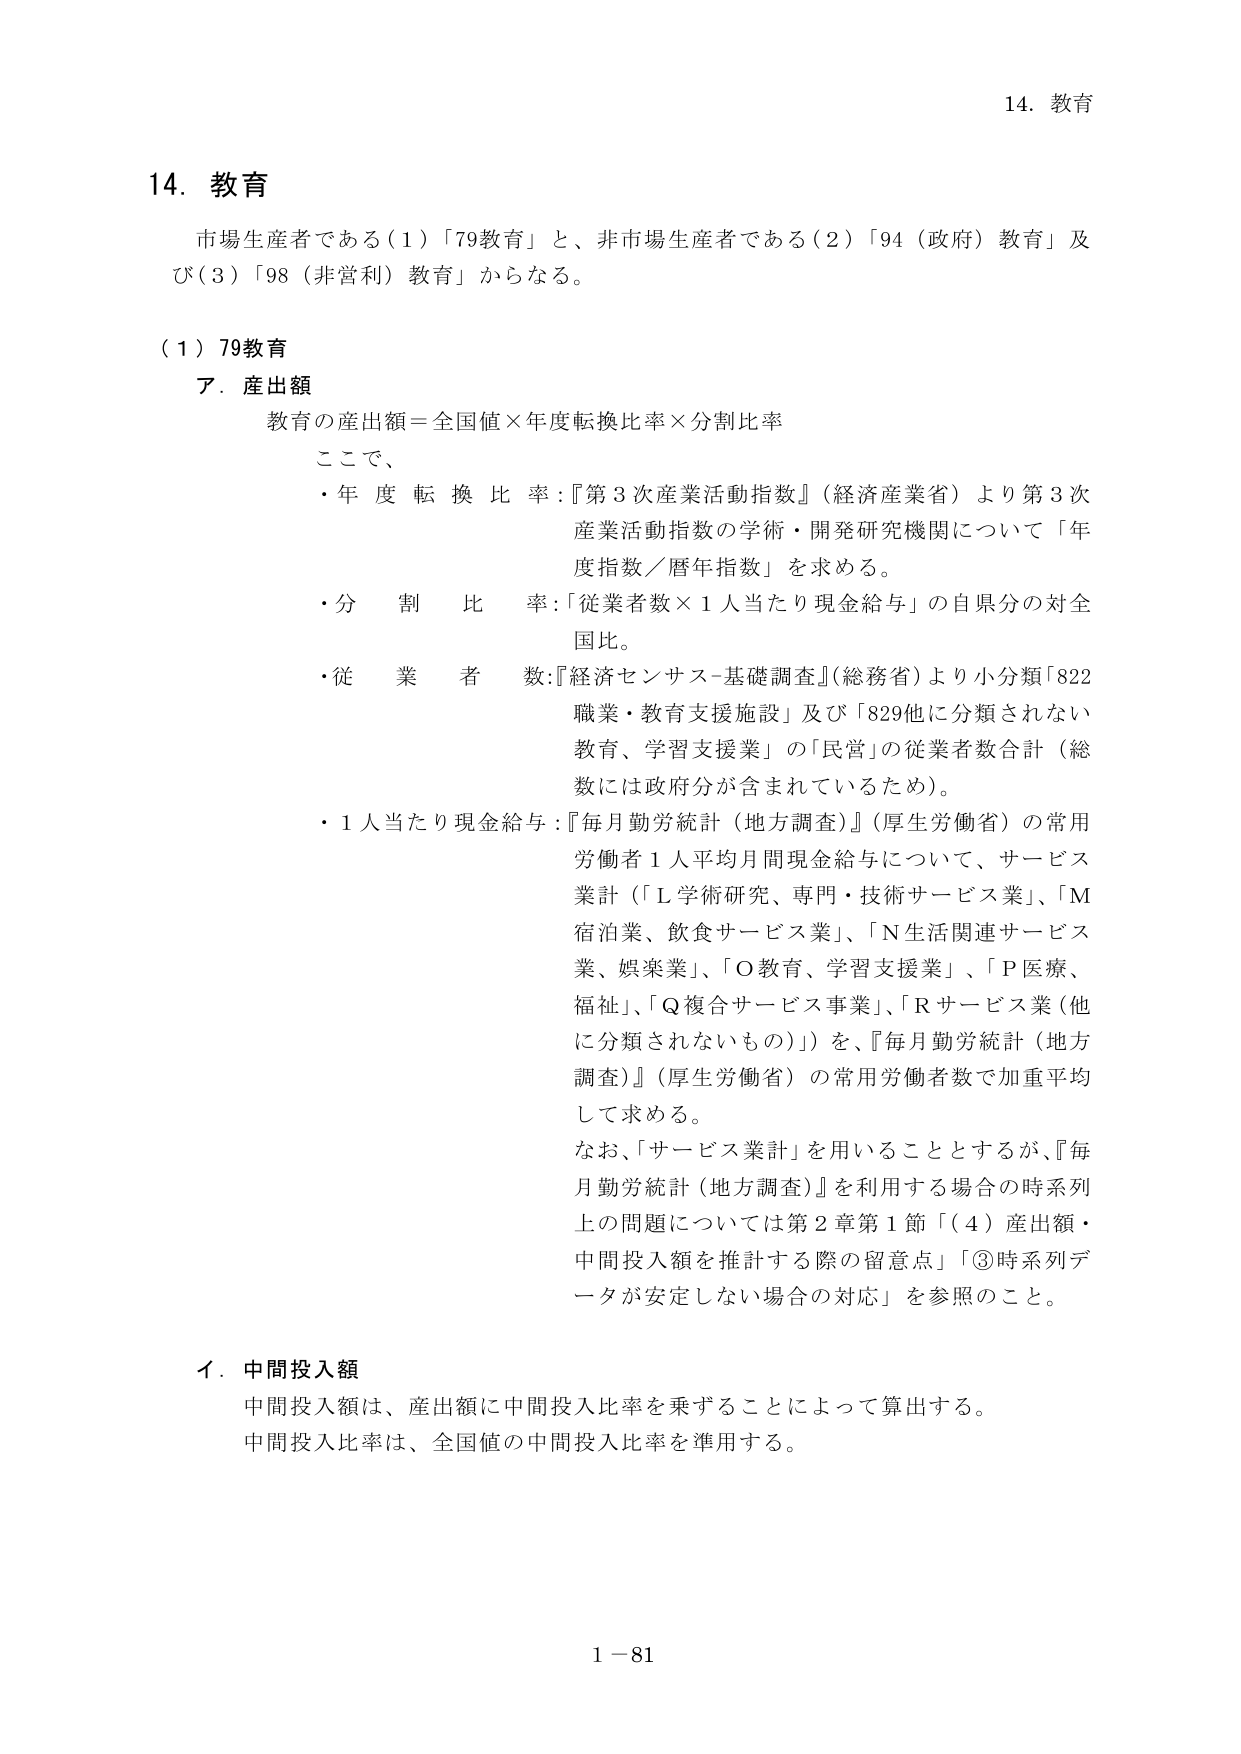
14. 教育

市場生産者である（1）「79教育」と、非市場生産者である（2）「94（政府）教育」及び（3）「98（非営利）教育」からなる。

（1）79教育

ア．産出額

教育の産出額＝全国値×年度転換比率×分割比率

ここで、

・年度転換比率：『第3次産業活動指数』（経済産業省）より第3次産業活動指数の学術・開発研究機関について「年度指数／暦年指数」を求める。

・分割比率：「従業者数×1人当たり現金給与」の自県分の対全国比。

・従業者数：『経済センサス-基礎調査』（総務省）より小分類「822職業・教育支援施設」及び「829他に分類されない教育、学習支援業」の「民営」の従業者数合計（総数には政府分が含まれているため）。

・1人当たり現金給与：『毎月勤労統計（地方調査）』（厚生労働省）の常用労働者1人平均月間現金給与について、サービス業計（「L学術研究、専門・技術サービス業」、「M宿泊業、飲食サービス業」、「N生活関連サービス業、娯楽業」、「O教育、学習支援業」、「P医療、福祉」、「Q複合サービス事業」、「Rサービス業（他に分類されないもの）」）を、『毎月勤労統計（地方調査）』（厚生労働省）の常用労働者数で加重平均して求める。

なお、「サービス業計」を用いることとするが、『毎月勤労統計（地方調査）』を利用する場合の時系列上の問題については第2章第1節「（4）産出額・中間投入額を推計する際の留意点」「③時系列データが安定しない場合の対応」を参照のこと。

イ．中間投入額

中間投入額は、産出額に中間投入比率を乗ずることによって算出する。

中間投入比率は、全国値の中間投入比率を準用する。

1－81